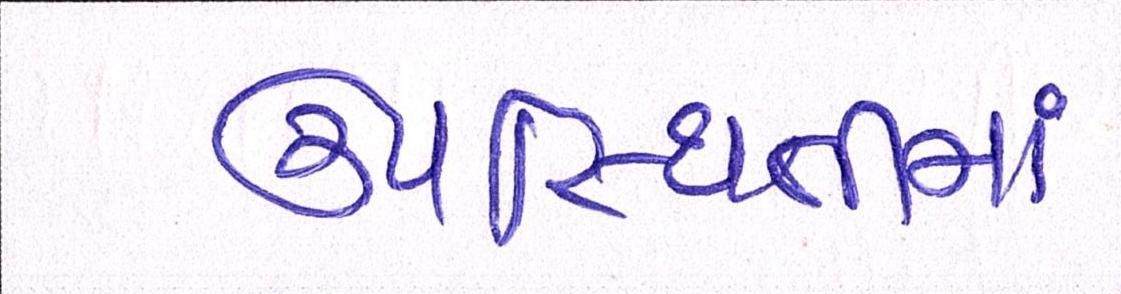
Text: ઉપસ્થિતીમાં